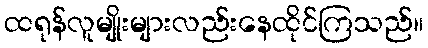
ထရုန်လူမျိုးများလည်းနေထိုင်ကြသည်။